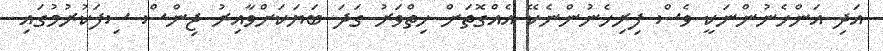
އަދި އަންހެނުންނަކީ ވެސް ފިރިހެނުންނެކޭ އެއްގޮތަށް ހިތްވަރު ގަދަ ބަޔަކަށްވާއިރު ޖިންސް ސިފަކުރުމުގައި